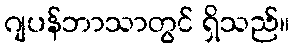
ဂျပန်ဘာသာတွင် ရှိသည်။